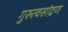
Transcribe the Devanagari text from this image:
गुरुत्वसांद्रण